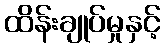
ထိန်းချုပ်မှုနှင့်